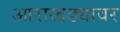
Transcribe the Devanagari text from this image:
आराखड्यावर